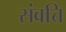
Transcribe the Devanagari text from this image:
संवत्ति